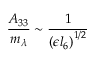
\frac { A _ { 3 3 } } { m _ { \lambda } } \sim \frac { 1 } { \left( \epsilon { l _ { 6 } } \right) ^ { 1 / 2 } }